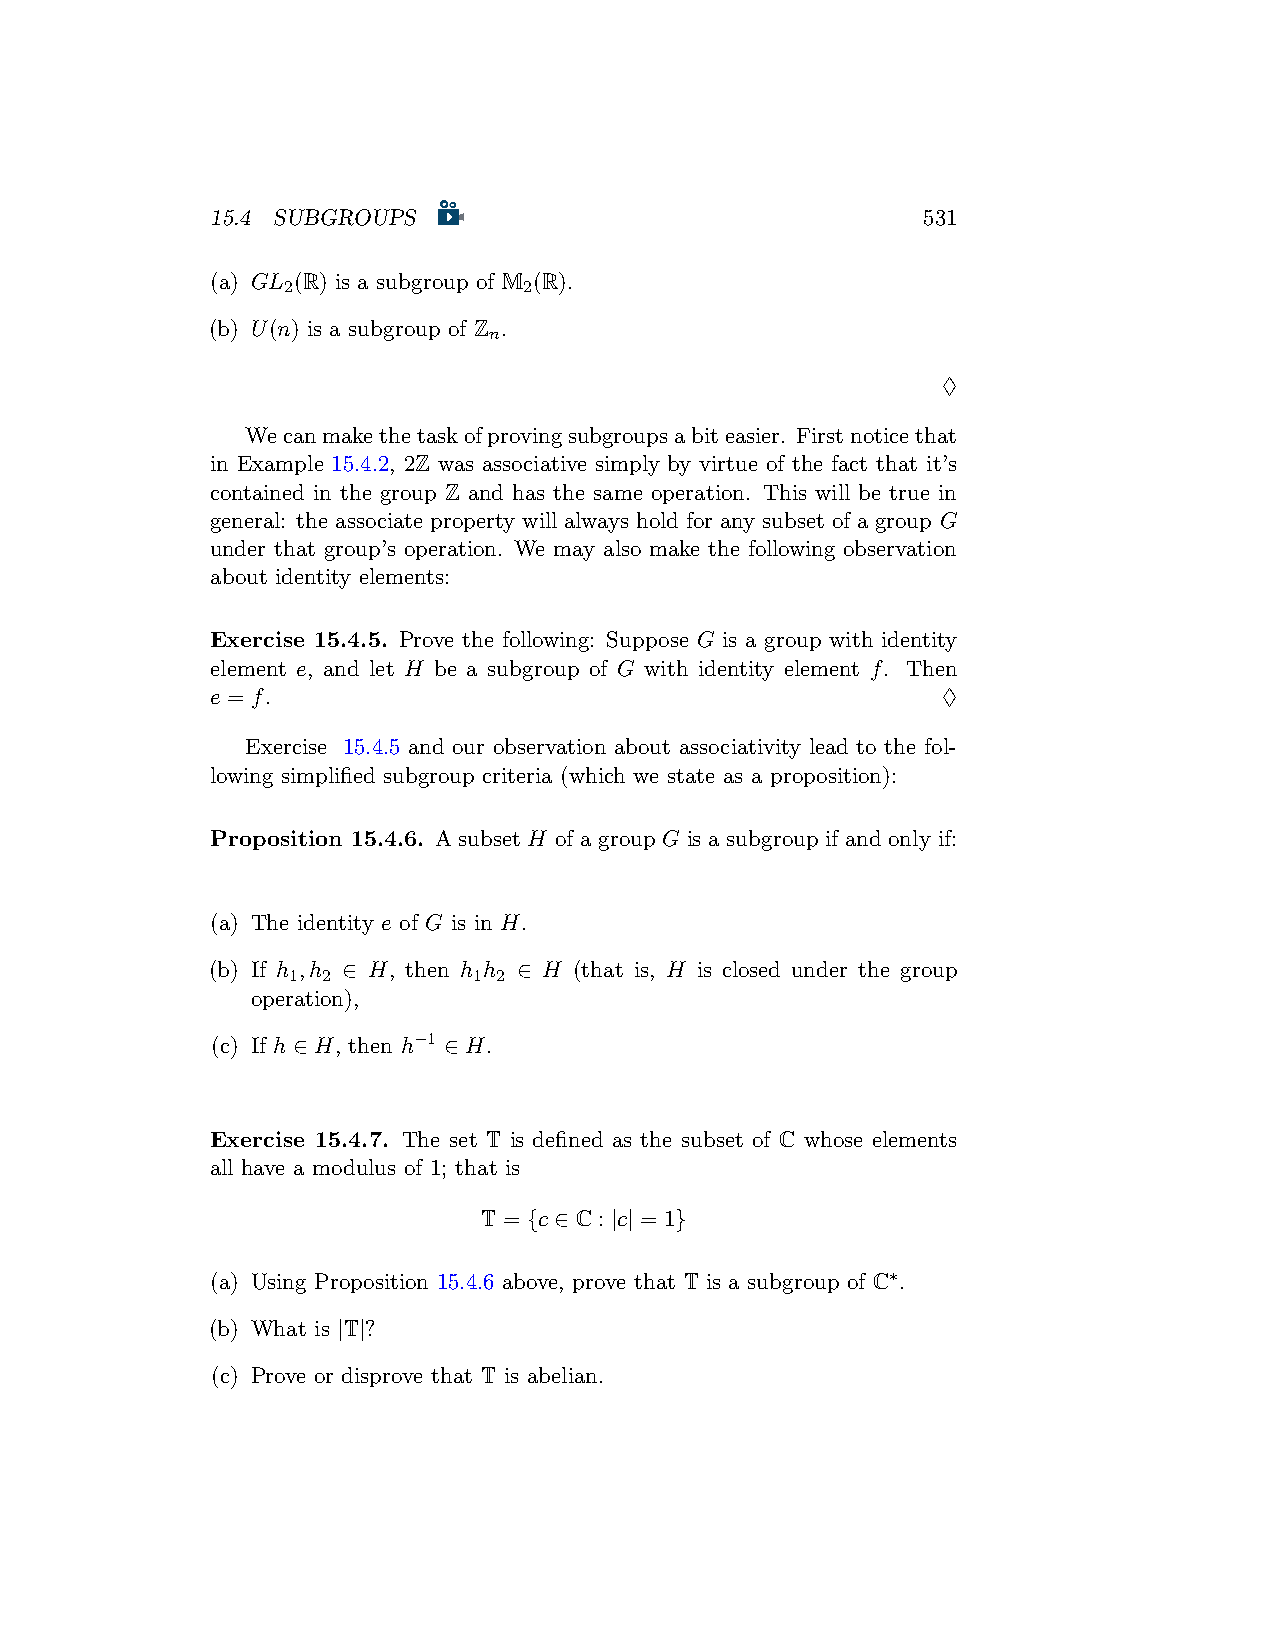
15.4 SUBGROUPS                                 531
 (a) GL (R) is a subgroup of M (R).
 2               2
 (b) U(n) is a subgroup of Z .
 n
 ♢
 Wecanmakethetaskofprovingsubgroupsabiteasier. Firstnoticethat
 in Example 15.4.2, 2Z was associative simply by virtue of the fact that it’s
 contained in the group Z and has the same operation. This will be true in
 general: the associate property will always hold for any subset of a group G
 under that group’s operation. We may also make the following observation
 about identity elements:
 Exercise 15.4.5. Prove the following: Suppose G is a group with identity
 element e, and let H be a subgroup of G with identity element f. Then
 e = f.                                          ♢
 Exercise 15.4.5 and our observation about associativity lead to the fol-
 lowing simplified subgroup criteria (which we state as a proposition):
 Proposition 15.4.6. A subset H of a group G is a subgroup if and only if:
 (a) The identity e of G is in H.
 (b) If h ,h ∈ H, then h h ∈ H (that is, H is closed under the group
 1 2         1 2
 operation),
 (c) If h ∈ H, then h−1 ∈ H.
 Exercise 15.4.7. The set T is defined as the subset of C whose elements
 all have a modulus of 1; that is
 T = {c ∈ C : |c| = 1}
 (a) Using Proposition 15.4.6 above, prove that T is a subgroup of C∗.
 (b) What is |T|?
 (c) Prove or disprove that T is abelian.